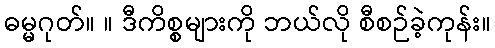
ဓမ္မဂုတ်။ ။ ဒီကိစ္စများကို ဘယ်လို စီစဉ်ခဲ့ကုန်း။